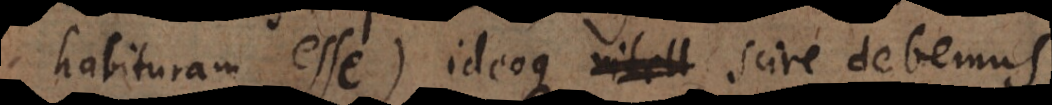
habituram esse) ideoque intell scire debemus,